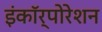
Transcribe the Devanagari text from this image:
इंकॉर्पोरेशन